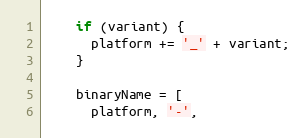
Language: JavaScript
    if (variant) {
      platform += '_' + variant;
    }

    binaryName = [
      platform, '-',